Mental hospitals Bombay report 1921-28 - 1921-1928
Year: 1921
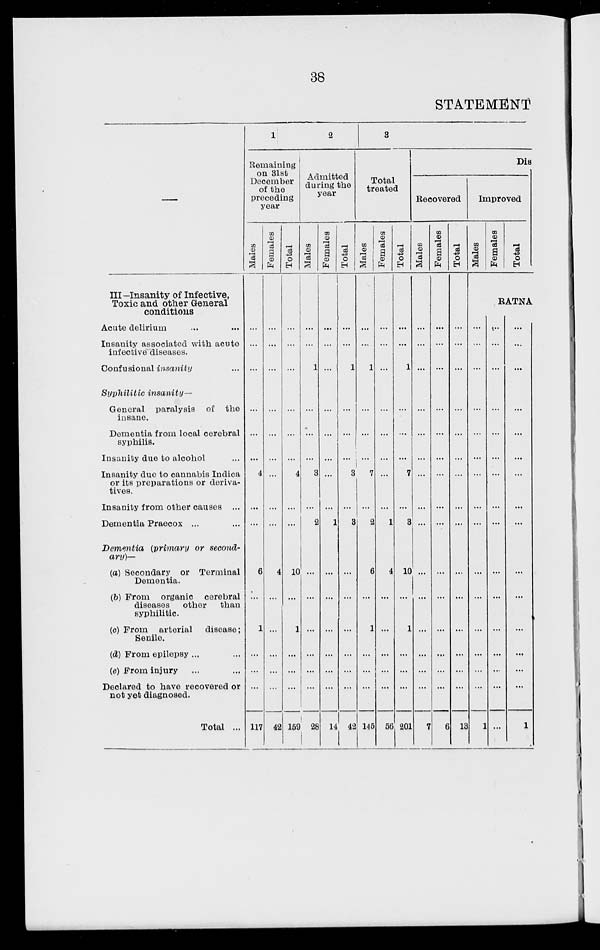
38
STATEMENT
—
III-Insanity of Infective,
Toxic and other General
conditions
Acute delirium ... ...
Insanity associated with acute
infective diseases.
Confusional insanity ...
Syphilitic insanity-—
General paralysis of the
insane.
Dementia from local cerebral
syphilis.
Insanity due to alcohol ...
Insanity due to cannabis Indica
or its preparations or deriva-
tives.
Insanity from other causes ...
Dementia Praecox ... ...
Dementia (primary or second-
ary)—
(a) Secondary or Terminal
Dementia.
(b) From organic cerebral
diseases other
than
syphilitic.
(c) From arterial disease ;
Senile.
(d) From epilepsy ... ...
(e) From injury ... ...
Declared to have recovered or
not yet diagnosed.
Total ...
1
Remaining
on 31st
December
of the
preceding
year
Males
...
...
...
...
...
...
4
...
...
6
...
1
...
...
...
117
Females
...
...
...
...
...
...
...
...
...
4
...
...
...
...
...
42
Total
...
...
...
...
...
...
4
...
...
10
...
1
...
...
...
159
2
Admitted
during the
year
Males
...
...
1
...
...
...
3
...
2
...
...
...
...
...
...
28
Females
...
...
...
...
...
...
...
...
1
...
...
...
...
...
...
14
Total
...
...
1
...
...
...
3
...
3
...
...
...
...
...
...
42
3
Total
treated
Males
...
....
1
...
...
...
7
2
6
...
1
...
...
...
145
Females
...
...
...
...
...
...
...
...
1
4
...
...
...
...
...
56
Total
...
...
1
...
...
...
7
...
3
10
...
1
...
...
...
201
Dis
Recovered
Males
...
...
...
...
...
...
...
...
...
...
...
...
...
...
...
7
Females
...
...
...
...
...
...
...
...
...
...
...
...
...
...
...
6
Total
...
...
...
...
...
...
...
...
...
...
...
...
...
...
...
13
Improved
Males
Females
Total
RATNA
...
...
...
...
...
...
...
...
...
...
...
...
...
...
...
1
...
...
...
...
...
...
...
...
...
...
...
...
...
...
...
...
...
...
...
...
...
...
...
...
...
...
...
...
...
...
...
1